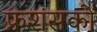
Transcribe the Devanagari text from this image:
फ्रशंसकों